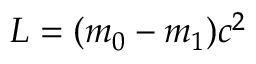
L = ( m _ { 0 } - m _ { 1 } ) c ^ { 2 }